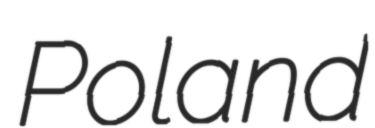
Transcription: Poland